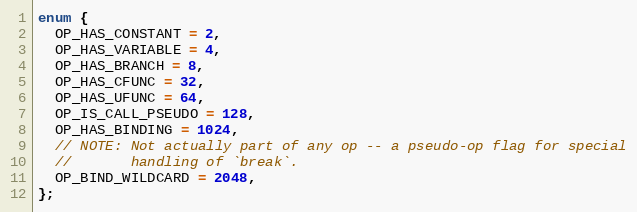
Language: C
enum {
  OP_HAS_CONSTANT = 2,
  OP_HAS_VARIABLE = 4,
  OP_HAS_BRANCH = 8,
  OP_HAS_CFUNC = 32,
  OP_HAS_UFUNC = 64,
  OP_IS_CALL_PSEUDO = 128,
  OP_HAS_BINDING = 1024,
  // NOTE: Not actually part of any op -- a pseudo-op flag for special
  //       handling of `break`.
  OP_BIND_WILDCARD = 2048,
};